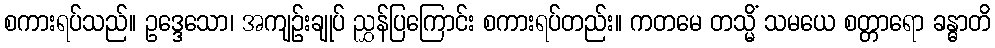
စကားရပ်သည်။ ဥဒ္ဒေသော၊ အကျဉ်းချုပ် ညွှန်ပြကြောင်း စကားရပ်တည်း။ ကတမေ တသ္မိံ သမယေ စတ္တာရော ခန္ဓာတိ